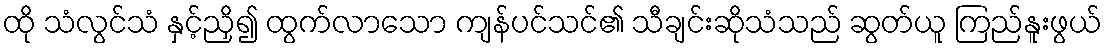
ထို သံလွင်သံ နှင့်ညှိ၍ ထွက်လာသော ကျန်ပင်သင်၏ သီချင်းဆိုသံသည် ဆွတ်ယူ ကြည်နူးဖွယ်